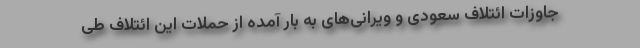
جاوزات ائتلاف سعودی و ویرانی‌های به بار آمده از حملات این ائتلاف طی